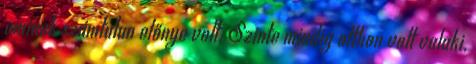
aminek számtalan előnye volt. Szinte mindig otthon volt valaki,